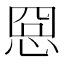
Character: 𢚊